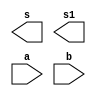
// -------------------------
// Exemplo0031 - F4 
// Nome: Luiz Marques de Oliveira
// ------------------------- 
 
// ------------------------- 
//  f4_gate 
// ------------------------- 
module f4 (output [3:0] s ,output [3:0] s1, input  [3:0] a, input  [3:0] b); 
 
// descrever por portas 
 
endmodule // f4 
 
module test_f4; 
// ------------------------- definir dados 
       reg  [3:0] x; 
       reg  [3:0] y; 
       wire [3:0] z;
		 wire [3:0] w; 

// COLOCAR A DESCRICAO DENTRO DO MODULO f4 ...
		 assign z= (x & y);
		 assign w= (x | y);
// ... OU NAO FARA' SENTIDO CHAMAR UM MODULO VAZIO! 
       f4 modulo (z, w, x, y); 
 
// ------------------------- parte principal 
 
   initial begin 
      $display("Exemplo0031 - Luiz Marques de Oliveira"); 
      $display("Test LU's module"); 
 
      x = 4'b0011;       y = 4'b0101; 
 
   // projetar testes do modulo 
   #1 $display("AND = %3b e %3b = %3b",x,y,z);
	#1 $display("OR = %3b e %3b = %3b",x,y,w);  
 
   end 
 
endmodule // test_f4